Leningradi_Edasi_toimetus, lk 228
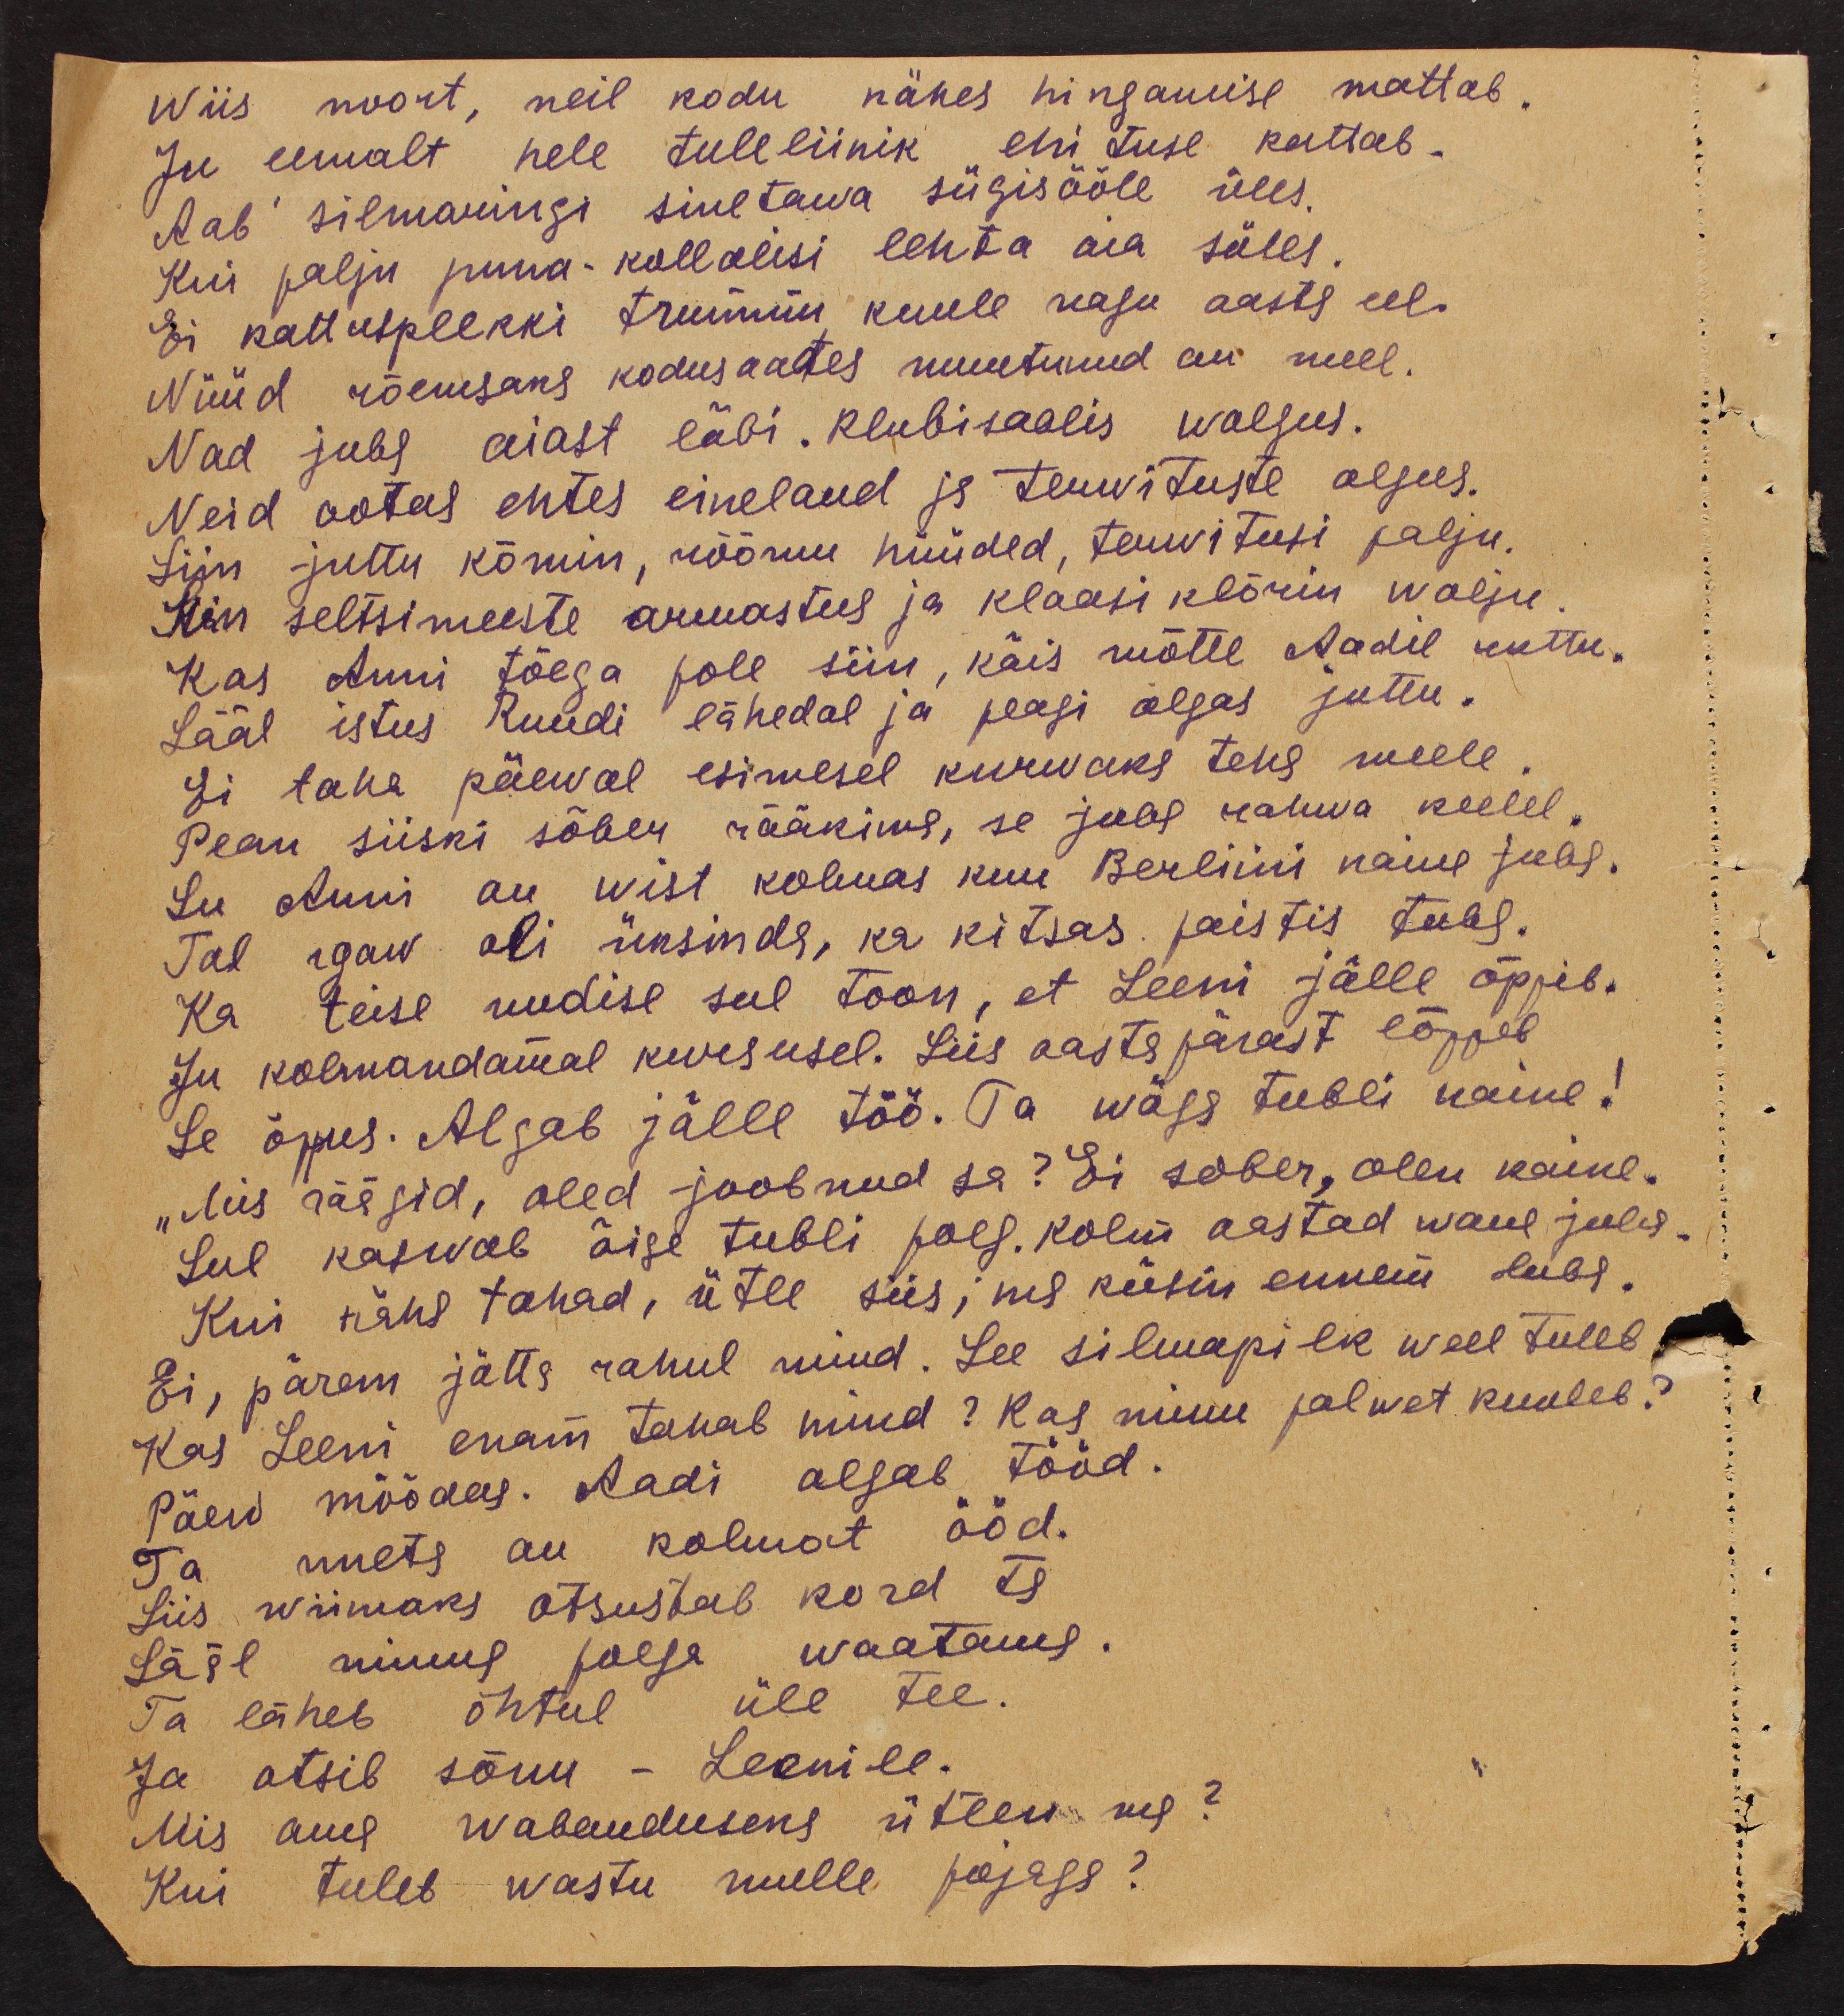
Wiis noort, neil kodu nähes hingamise mattab,
Ju eemalt hele tuleliinik ehituse kattab.
Aab silmaringi sinetawa sügisööle üles.
Kui palju puna-kollalisi lehta aia süles.
Ei kattusplekki trummin kuule nagu aasta eel.
Nüüd rõemsaks kodusaates muutunud on meel.
Nad juba aiast läbi. klubisaalis walgus.
Neid ootas ehtes einelaud ja tervituste algus.
Siin juttu kõmin, rõõmu hüüded, tervitusi palju.
Siin seltsimeeste armastus ja klaasi klõrin walju
Kas Anni tõega pole siin, käis mõtte Aadil ruttu.
Sääl istus Ruudi lähedal ja peagi algas juttu.
Ei taha päewal esimesel kuruvaks teha meele.
Pean siiski sõber rääkima, se juba rahwa keelel,
Su Anni on wist kolmas kuu Berliini naine juba.
Tal igav oli üksinda, ka kitsas paistis tuba.
Ka teise uudise sul toon, et Leeni jälle õppib.
Ju kolmandamal kursusel. Siis aastapärast lõppeb
Se õppus. Algab jälle töö. Ta wäga tubli naine!
"Mis räägid, oled joobnud sa? Ei sõber, olen kaine.
Sul kaswab õige tubli poeg. kolm aastad wana juba
Kui näha tahad, ütle siis, ma küsin ennem luba.
Ei, parem jätta rahul mind. See silmapilk weel tuleb,
Kas Leeni enam tahab nüüd? Kas minu palwet kuuleb?
Päew möödas. Aadi algab tööd.
Ta uneta on kolmat ööd.
Siis wiimaks otsustab kord ta
Sääl minna poega waatama.
Ta läheb õhtul üle tee.
Ja otsib sõnu - Leenile.
Mis oma wabanduseks ütlen ma?
Kui tuleb wastu mulle pojaga?